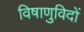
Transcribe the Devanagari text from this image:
विषाणुविदों